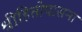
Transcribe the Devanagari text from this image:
श्रीहितोपासना